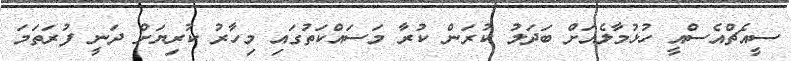
ސީއެޗްއެސްއީ ހުޅުމާލެއަށް ބަދަލު ކުރަން ކުރާ މަސައްކަތުގައި މިހާރު ކުރިޔަށް ދަނީ ފުރަތަމަ